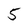
Character: 5